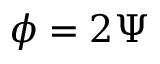
\phi = 2 \Psi